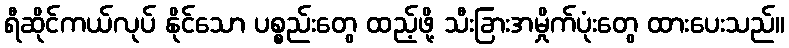
ရီဆိုင်ကယ်လုပ် နိုင်သော ပစ္စည်းတွေ ထည့်ဖို့ သီးခြားအမှိုက်ပုံးတွေ ထားပေးသည်။